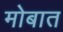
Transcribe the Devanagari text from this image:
मोबात